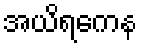
အယိရကေန